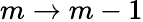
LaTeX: m\rightarrow m-1